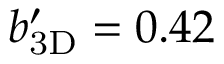
\ensuremath { b _ { \mathrm { 3 D } } ^ { \prime } } = 0 . 4 2